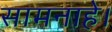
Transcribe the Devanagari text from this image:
सामनाहे।